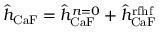
\hat { h } _ { \mathrm { C a F } } = \hat { h } _ { \mathrm { C a F } } ^ { n = 0 } + \hat { h } _ { \mathrm { C a F } } ^ { \mathrm { r f h f } }